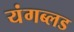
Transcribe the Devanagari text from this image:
यंगब्लड